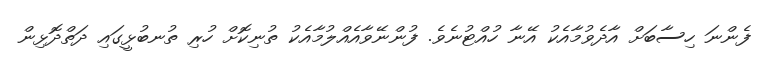
ފެންނަ ހިސާބަށް އާދެވުމާއެކު އޭނާ ހުއްޓުނެވެ. ފުންނޭވާއެއްލުމާއެކު ތުނިކޮށް ހުރި ތުނބުޅީގައި ދަތްދޮޅިން